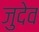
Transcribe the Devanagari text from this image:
जुदेव